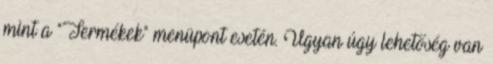
mint a "Termékek" menüpont esetén. Ugyan úgy lehetőség van